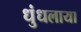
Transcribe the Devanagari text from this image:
धुंधलाया